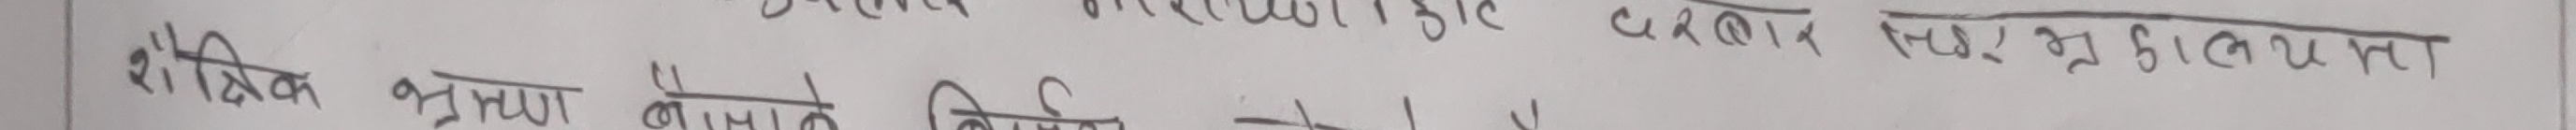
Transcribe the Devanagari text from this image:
परिवर्तन उक्त उकार एकबार सक्रियता
शैक्षिक भ्रमण नेपालको निमित्त पायो उक्त।